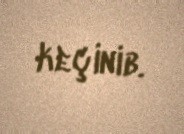
keçinib.